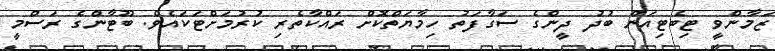
ޒަމާންވީ ޓިބެޓިއަން ބުދު ދީންގެ ސަގާފަތު ހިމާޔަތްކޮށް ރައްކާތެރި ކުރުމަށްޓަކައެވެ. ބޫޓާންގެ ރަސްމީ